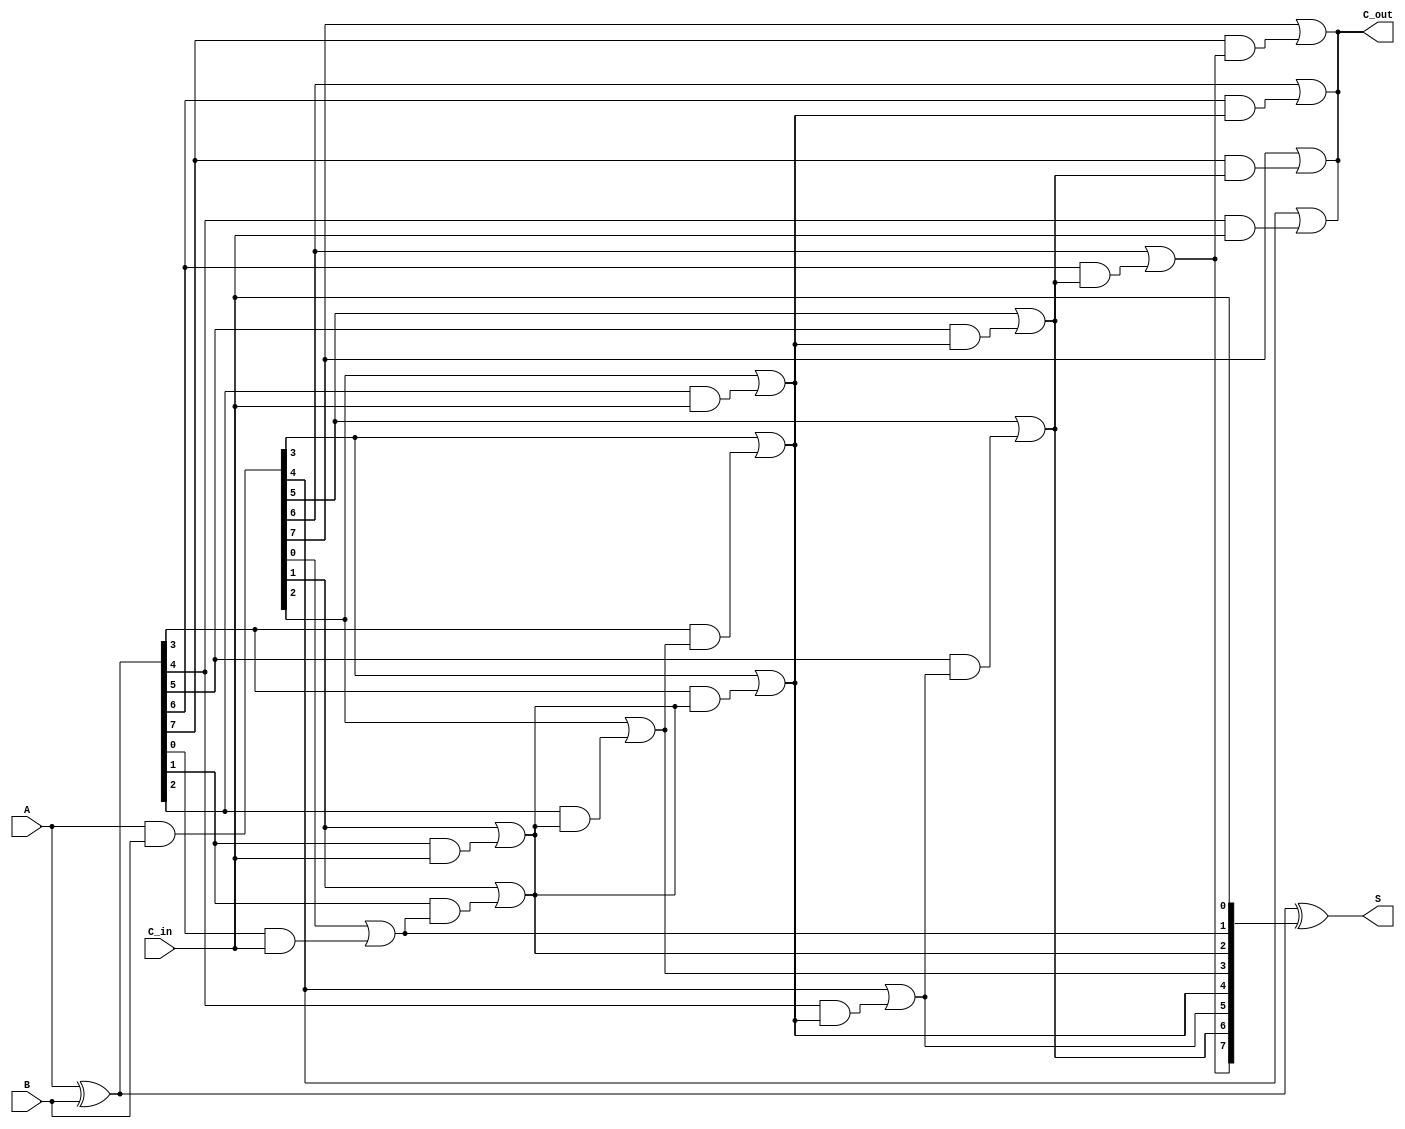
module BrentKungAdder #(parameter WIDTH = 8) (
    input  [WIDTH-1:0] A,
    input  [WIDTH-1:0] B,
    input              C_in,
    output [WIDTH-1:0] S,
    output             C_out
);

    // Generate and propagate signals
    wire [WIDTH-1:0] G; // Generate
    wire [WIDTH-1:0] P; // Propagate
    wire [WIDTH:0] C;   // Carry signals

    // Generate and propagate calculation
    assign G = A & B;           // G[i] = A[i] & B[i]
    assign P = A ^ B;           // P[i] = A[i] ^ B[i]

    // Carry propagation (Brent-Kung logic)
    assign C[0] = C_in;         // Initial carry
    genvar i, j;
    
    // Level 1
    generate
        for (i = 0; i < WIDTH; i = i + 1) begin : level_1
            assign C[i+1] = G[i] | (P[i] & C[i]);
        end
    endgenerate
    
    // Additional levels for carry tree (logarithmic depth)
    // Level 2 and higher
    generate
        for (j = 1; j < WIDTH; j = j * 2) begin : levels
            for (i = 0; i < WIDTH; i = i + (2 * j)) begin : carry_tree
                if (i + j < WIDTH) begin
                    assign C[i + 2*j] = G[i+j] | (P[i+j] & C[i]);
                end
            end
        end
    endgenerate

    // Final carry-out
    assign C_out = C[WIDTH];

    // Sum calculation
    assign S = P ^ C[WIDTH-1:0]; // S[i] = P[i] ^ C[i]

endmodule